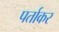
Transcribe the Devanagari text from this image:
पर्ताकर